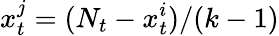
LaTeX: x_{t}^{j}=(N_{t}-x_{t}^{i})/(k-1)